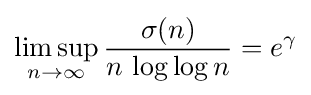
\limsup _{n\rightarrow \infty }{\frac {\sigma (n)}{n\,\log \log n}}=e^{\gamma }